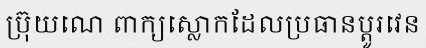
ប្រ៊ុយណេ ពាក្យស្លោកដែលប្រធានប្តូរវេន